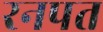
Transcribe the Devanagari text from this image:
रनपत